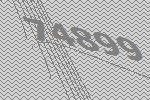
74899